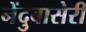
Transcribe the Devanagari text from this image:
नेंदुबासेरी